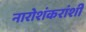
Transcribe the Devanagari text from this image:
नारोशंकरांशी